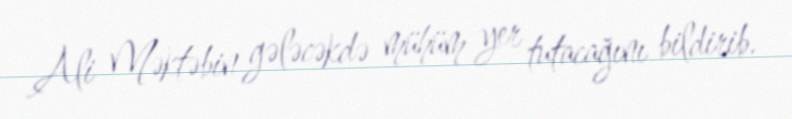
Ali Məktəbin gələcəkdə mühüm yer tutacağını bildirib.